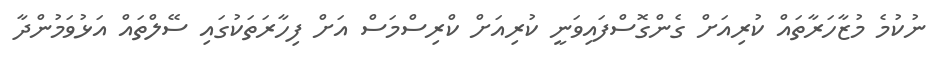
ނުކުމެ މުޒާހަރާތައް ކުރިއަށް ގެންގޮސްފައިވަނީ ކުރިއަށް ކްރިސްމަސް އަށް ފިހާރަތަކުގައި ސޭލްތައް އަޅުވަމުންދާ